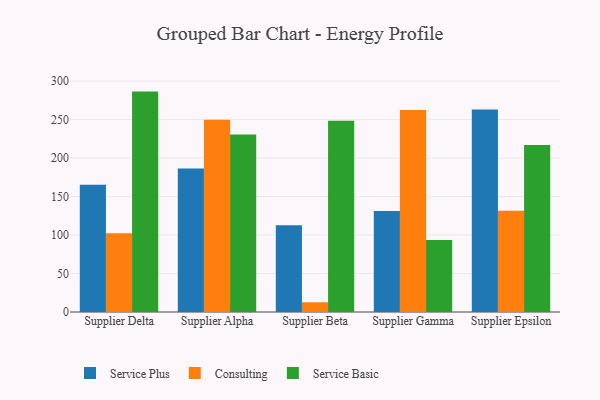
{"axis": {"x": "Supplier", "y": "Conversion Rate (%)"}, "legend": ["Consulting", "Service Basic", "Service Plus"], "data": [{"x": "Supplier Delta", "y": 165.2, "type": "Service Plus"}, {"x": "Supplier Delta", "y": 102.2, "type": "Consulting"}, {"x": "Supplier Delta", "y": 286.4, "type": "Service Basic"}, {"x": "Supplier Alpha", "y": 186.5, "type": "Service Plus"}, {"x": "Supplier Alpha", "y": 249.7, "type": "Consulting"}, {"x": "Supplier Alpha", "y": 230.6, "type": "Service Basic"}, {"x": "Supplier Beta", "y": 112.6, "type": "Service Plus"}, {"x": "Supplier Beta", "y": 12.6, "type": "Consulting"}, {"x": "Supplier Beta", "y": 248.4, "type": "Service Basic"}, {"x": "Supplier Gamma", "y": 131.2, "type": "Service Plus"}, {"x": "Supplier Gamma", "y": 262.6, "type": "Consulting"}, {"x": "Supplier Gamma", "y": 93.7, "type": "Service Basic"}, {"x": "Supplier Epsilon", "y": 263.1, "type": "Service Plus"}, {"x": "Supplier Epsilon", "y": 131.6, "type": "Consulting"}, {"x": "Supplier Epsilon", "y": 216.9, "type": "Service Basic"}]}